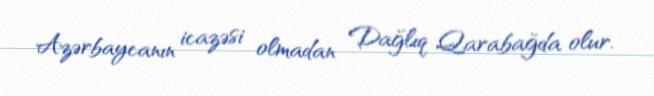
Azərbaycanın icazəsi olmadan Dağlıq Qarabağda olur.